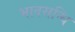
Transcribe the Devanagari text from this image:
भावसन्धि